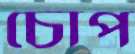
চোপ